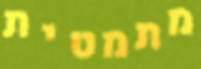
מתמטית